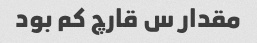
مقدار س قارچ کم بود